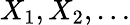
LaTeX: X_{1},X_{2},\ldots